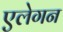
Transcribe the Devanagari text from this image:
एलेगन